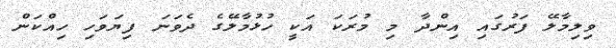
ވިލިމާލޭ ފަރުގައި އިންދާ މި މުރަކަ އަކީ ހުޅުމާލޭގެ ދެވަނަ ފިޔަވަހި ހިއްކަން